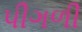
પીગળી